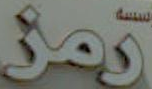
رمز